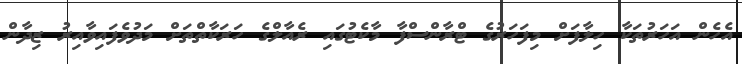
އެހެން އަހަރުތަކާ ހިލާފަށް މިފަހަރުގެ ޓްރާންސްފާ މާކެޓުގައި ރެއާލްގެ ހަރަކާތްތަށް މަދުވެފައިވާއިރު ޒިދާން